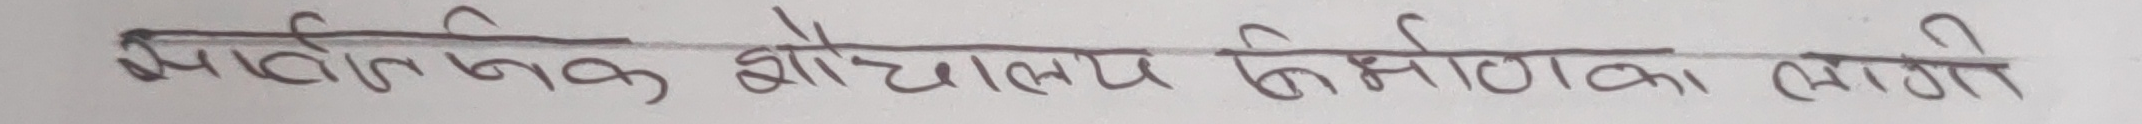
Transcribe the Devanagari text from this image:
आधुनिक विद्यालय निर्माणका लागि